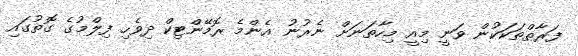
ފަރާތްތަކަކުން ވަނީ މިއީ މިހާތަނަށް ނެރުނު އެންމެ ރޮމޭންޓިކް ދިވެހި ފިލްމުގެ ގޮތުގައި